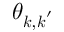
\theta _ { \boldsymbol { k } , \boldsymbol { k } ^ { \prime } }